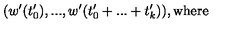
( w ^ { \prime } ( t _ { 0 } ^ { \prime } ) , . . . , w ^ { \prime } ( t _ { 0 } ^ { \prime } + . . . + t _ { k } ^ { \prime } ) ) , \mathrm { w h e r e }